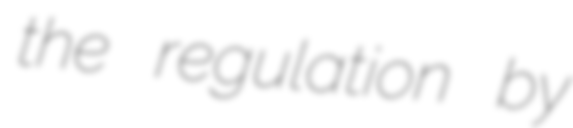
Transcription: the regulation by